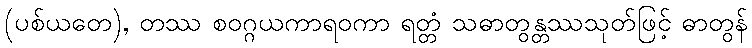
(ပစ်ယတေ), တဿ စဝဂ္ဂယကာရဝကာ ရတ္တံ သဓာတွန္တဿသုတ်ဖြင့် ဓာတွန်